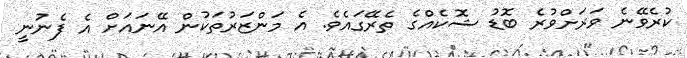
ކުރެވޭނެ ވަރަށްވުރެ ބޮޑު ޝޮކެއްގެ ތެރޭގައެވެ. އެ މަންޒަރުތަކުން އޭނައަށް އެ ފެނުނީ